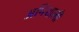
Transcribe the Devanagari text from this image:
अभिशाली